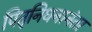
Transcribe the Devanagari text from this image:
पितृनिधनानंतर